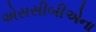
એસસીબીએના